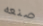
صنعه